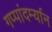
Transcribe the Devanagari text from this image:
गप्पांदर्म्यान